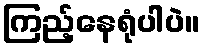
ကြည့်နေရုံပါပဲ။